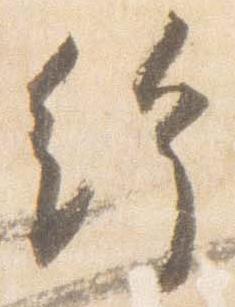
給